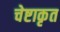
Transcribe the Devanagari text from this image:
चेष्टाकृत